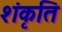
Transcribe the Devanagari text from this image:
शंकृति